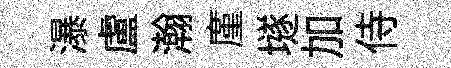
瀑盧瀚廑𡑞加侍